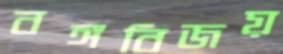
বঙ্গবিজয়